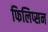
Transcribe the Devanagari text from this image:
फिलिप्सन